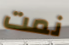
نمت